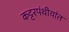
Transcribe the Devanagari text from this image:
कट्टरपंथीयांत